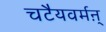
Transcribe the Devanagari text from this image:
चटैयवर्मऩ्